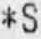
*S